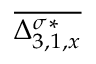
\overline { { \Delta _ { 3 , 1 , x } ^ { \sigma * } } }